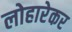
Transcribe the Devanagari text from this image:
लोहारेकर